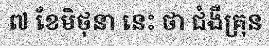
៧ ខែមិថុនា នេះ ថា ជំងឺគ្រុន